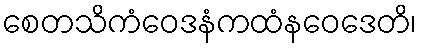
စေတသိကံဝေဒနံကထံနဝေဒေတိ၊